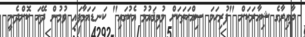
ދާއިރާގެ ޝިއާރަކަށް "ފުރިހަމަ ސިއްޙަތަކަށް މުޅިޤައުމު އެކުގައި" ކަނޑައަޅާފައި ވުމުން ދޭހަ ކޮށްދެނީ